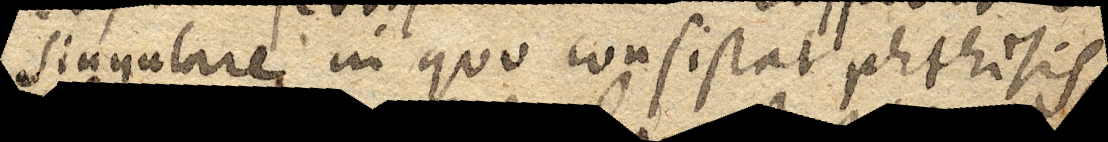
Singulare in quo consistat phthisis.